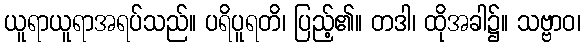
ယူရာယူရာအရပ်သည်။ ပရိပူရတိ၊ ပြည့်၏။ တဒါ၊ ထိုအခါ၌။ သဗ္ဗာဝ၊